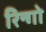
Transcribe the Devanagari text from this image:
रिन्गो